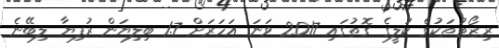
ރިޒޯޓުތަކުގެ ކުލީގެ ގޮތުގައި 2017 ވަނަ އަހަރަށް 1.7 ބިލިޔަން ރުފިޔާ ލިބޭނެ